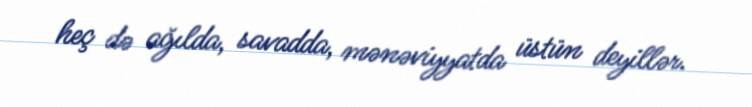
heç də ağılda, savadda, mənəviyyatda üstün deyillər.